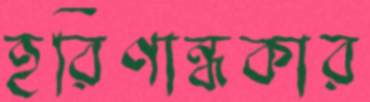
হরিণান্ধকার